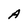
Character: A